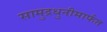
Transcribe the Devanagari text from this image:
सामुद्रधुनीमार्फत